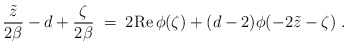
\begin{align*}{\tilde{z}\over 2\beta}-d+{\zeta\over 2\beta}\;=\;2{\rm Re}\,\phi(\zeta)+(d-2)\phi(-2\tilde{z}-\zeta)\;.\end{align*}